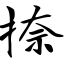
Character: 捺